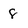
Character: 8